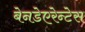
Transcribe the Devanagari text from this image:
बेनडेएरेन्टेस